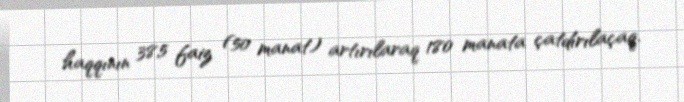
haqqının 38,5 faiz (50 manat) artırılaraq 180 manata çatdırılaçaq.